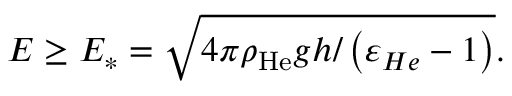
E \geq E _ { \ast } = \sqrt { 4 \pi \rho _ { \mathrm { H e } } g h / \left( \varepsilon _ { H e } - 1 \right) } .